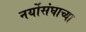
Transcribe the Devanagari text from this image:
नर्योसंघाच्या